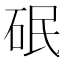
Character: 䂥